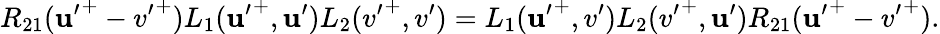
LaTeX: R_{21}({\mathbf{u}^{\prime}}^{+}-{v^{\prime}}^{+})L_{1}({\mathbf{u}^{\prime}}^{+},\mathbf{u}^{\prime})L_{2}({v^{\prime}}^{+},v^{\prime})=L_{1}({\mathbf{u}^{\prime}}^{+},v^{\prime})L_{2}({v^{\prime}}^{+},\mathbf{u}^{\prime})R_{21}({\mathbf{u}^{\prime}}^{+}-{v^{\prime}}^{+}).